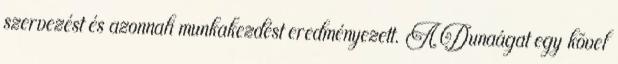
szervezést és azonnali munkakezdést eredményezett. A Dunaágat egy kõvel